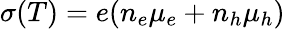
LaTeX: \sigma(T)=e(n_{e}\mu_{e}+n_{h}\mu_{h})